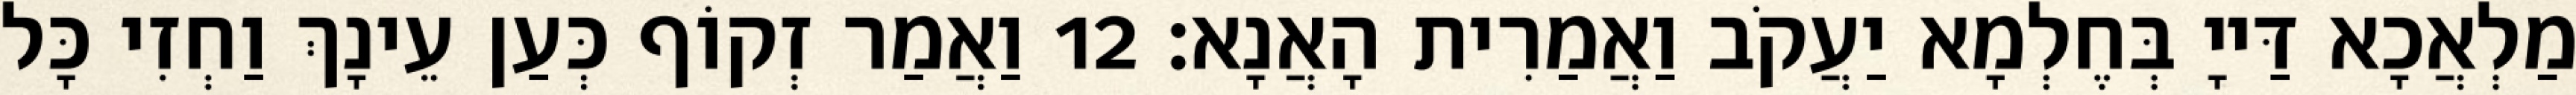
מַלְאֲכָא דַּייָ בְּחֶלְמָא יַעֲקֹב וַאֲמַרִית הָאֲנָא׃ 12 וַאֲמַר זְקוֹף כְּעַן עֵינָךְ וַחְזִי כָּל